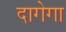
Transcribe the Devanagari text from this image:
दागेगा